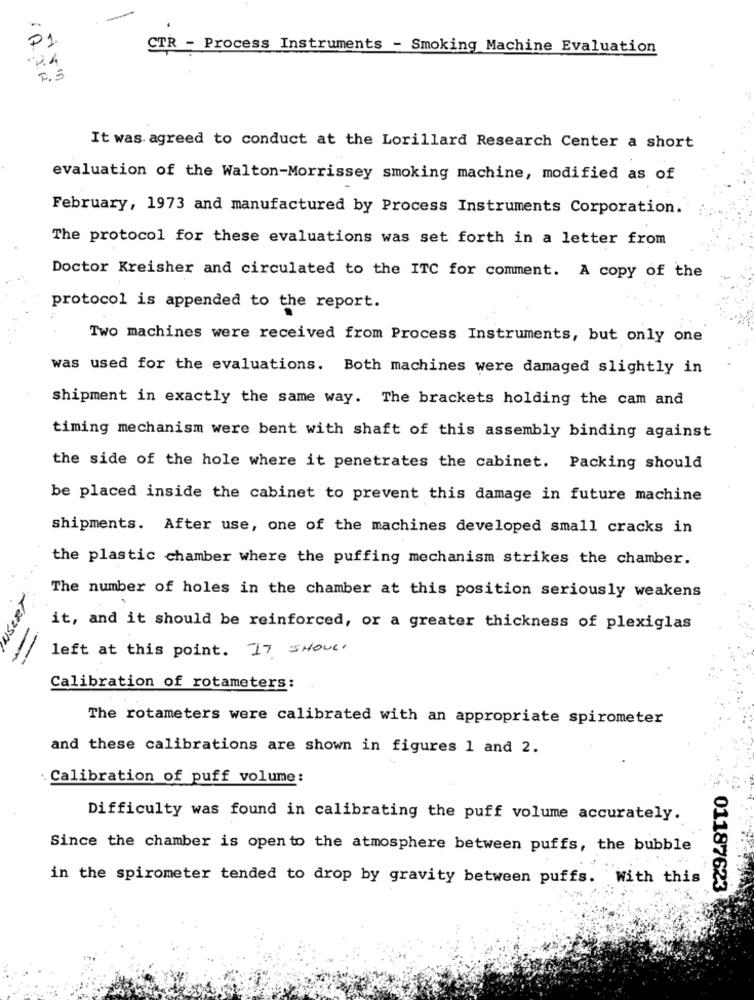
P1
CTR - Process Instruments - Smoking Machine Evaluation
24
F.3
It was agreed to conduct at the Lorillard Research Center a short
evaluation of the Walton-Morrissey smoking machine, modified as of
February, 1973 and manufactured by Process Instruments Corporation.
The protocol for these evaluations was set forth in a letter from
Doctor Kreisher and circulated to the ITC for comment. A copy of the
protocol is appended to the report.
Two machines were received from Process Instruments, but only one
was used for the evaluations. Both machines were damaged slightly in
shipment in exactly the same way. The brackets holding the cam and
timing mechanism were bent with shaft of this assembly binding against
the side of the hole where it penetrates the cabinet. Packing should
be placed inside the cabinet to prevent this damage in future machine
shipments. After use, one of the machines developed small cracks in
the plastic chamber where the puffing mechanism strikes the chamber.
UseRT
The number of holes in the chamber at this position seriously weakens
it, and it should be reinforced, or a greater thickness of plexiglas
left at this point. IT SHOULD
-
-
Calibration of rotameters:
The rotameters were calibrated with an appropriate spirometer
and these calibrations are shown in figures 1 and 2.
· Calibration of puff volume:
Difficulty was found in calibrating the puff volume accurately.
Since the chamber is open to the atmosphere between puffs, the bubble
in the spirometer tended to drop by gravity between puffs. With this
01187623